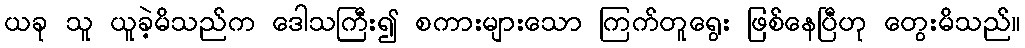
ယခု သူ ယူခဲ့မိသည်က ဒေါသကြီး၍ စကားများသော ကြက်တူရွေး ဖြစ်နေပြီဟု တွေးမိသည်။